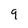
Character: 9